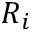
R _ { i }